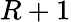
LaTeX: R+1